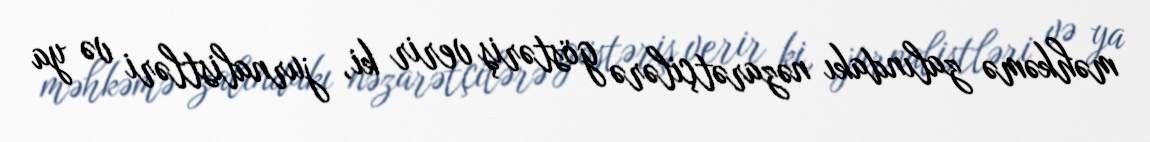
məhkəmə zalındakı nəzarətçilərə göstəriş verir ki, jurnalistləri və ya